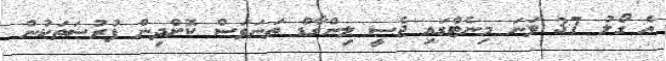
އެ ގޯލު 37 ވަނަ މިނެޓްގައި ޖެސީ ލިންގާޑް ތަނަވަސް ކޮށްދިން ފުރުސަތަކުން